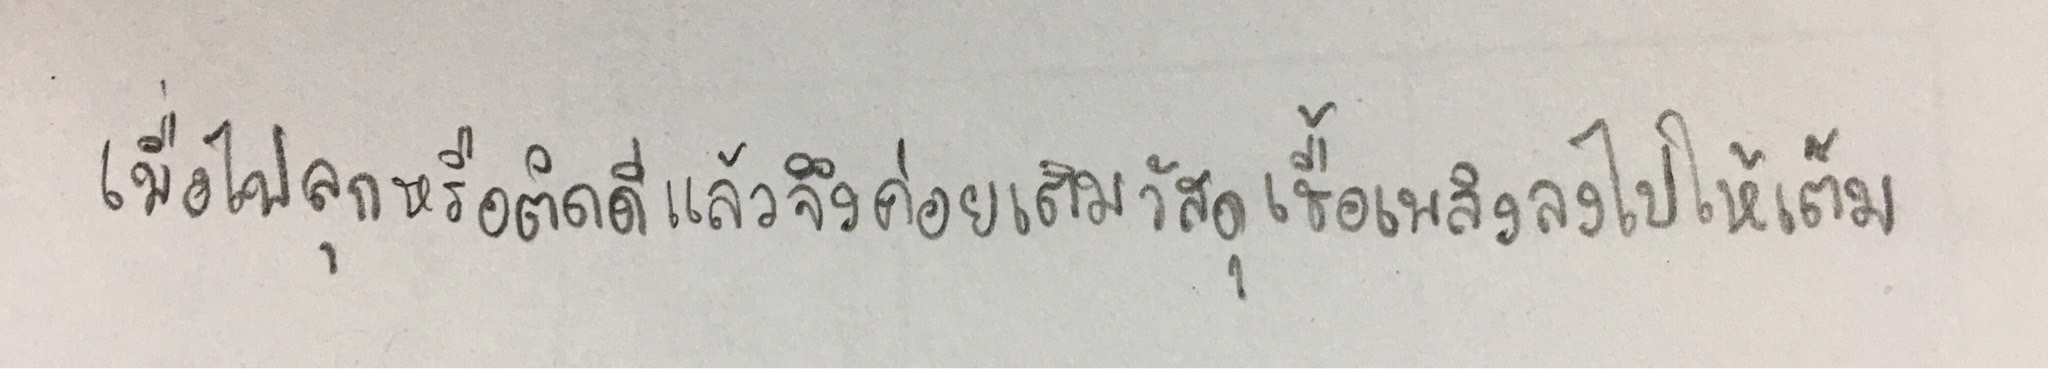
เมื่อไฟลุกหรือติดดีแล้วจึงค่อยเติมวัสดุเชื้อเพลิงลงไปให้เต็ม